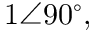
1 \angle 9 0 ^ { \circ } ,